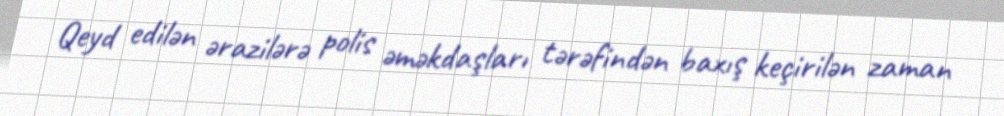
Qeyd edilən ərazilərə polis əməkdaşları tərəfindən baxış keçirilən zaman